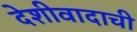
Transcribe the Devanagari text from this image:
देशीवादाची